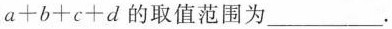
$$a+b+c+d$$的取值范围为___.